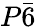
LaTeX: P\bar{6}